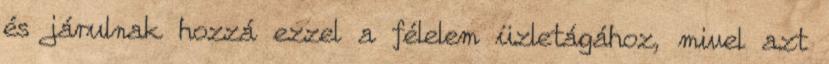
és járulnak hozzá ezzel a félelem üzletágához, mivel azt